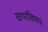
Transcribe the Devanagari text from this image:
कथाविषय